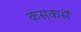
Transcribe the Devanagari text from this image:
कसकसें